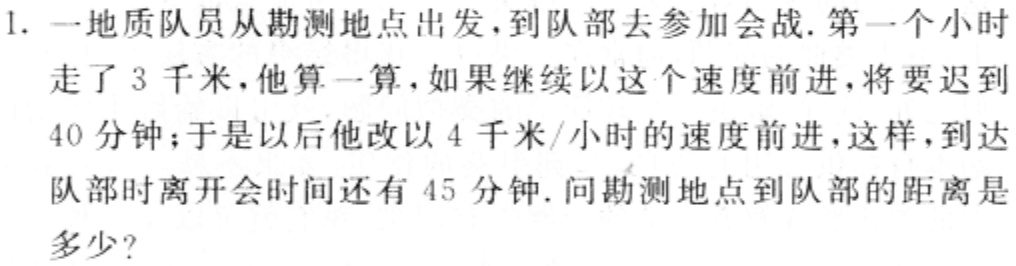
1. 一地质队员从勘测地点出发，到队部去参加会战. 第一个小时走了3千米，他算一算，如果继续以这个速度前进，将要迟到40分钟；于是以后他改以4千米/小时的速度前进，这样，到达队部时离开会时间还有45分钟. 问勘测地点到队部的距离是多少？